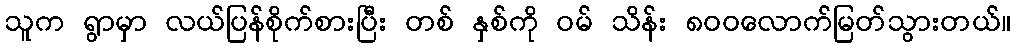
သူက ရွာမှာ လယ်ပြန်စိုက်စားပြီး တစ် နှစ်ကို ဝမ် သိန်း ၈၀၀လောက်မြတ်သွားတယ်။